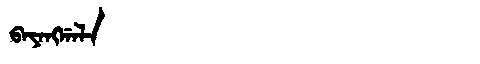
Manchu: ᠪᠠᠶᠠᠩᡤᠠᠯᠠ
Romanization: BAYANGGALA